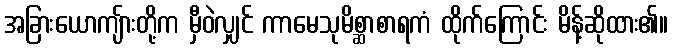
အခြားယောကျ်ားတို့က မှီဝဲလျှင် ကာမေသုမိစ္ဆာစာရကံ ထိုက်ကြောင်း မိန့်ဆိုထား၏။